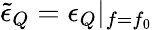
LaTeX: \tilde{\epsilon}_{Q}=\epsilon_{Q}|_{f=f_{0}}